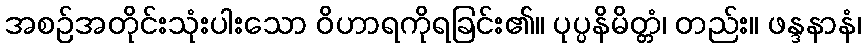
အစဉ်အတိုင်းသုံးပါးသော ဝိဟာရကိုရခြင်း၏။ ပုပ္ပနိမိတ္တံ၊ တည်း။ ဖန္ဒနာနံ၊